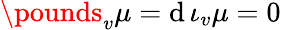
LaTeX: \pounds_{v}\mu=\mathrm{d}\, \iota_{v}\mu=0